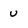
Character: U